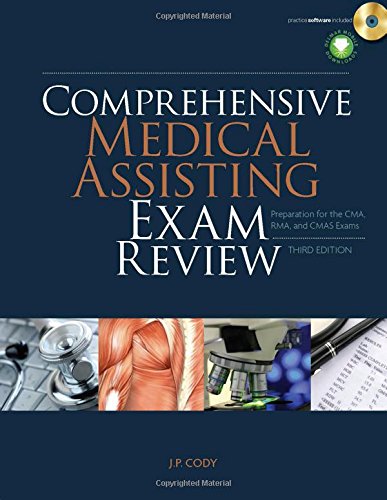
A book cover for Comprehensive Medical Assisting Exam Review: Preparation for the CMA, RMA and CMAS Exams (Prepare Your Students For Certification Exams); J. P. Cody; Medical Books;